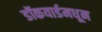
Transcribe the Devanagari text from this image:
डॉकयार्डमधून